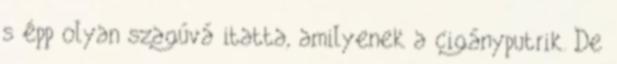
s épp olyan szagúvá itatta, amilyenek a cigányputrik. De